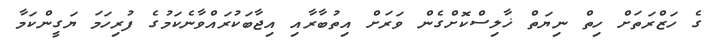
ގެ ހަޒްރަތަށް ހިތް ނިޔަތް ޚާލިސްކޮށްގެން ވަރަށް އިތުބާރާއި އިޖާބަކުރައްވާނެކަމުގެ ފުރިހަމަ ޔަގީންކަމާ